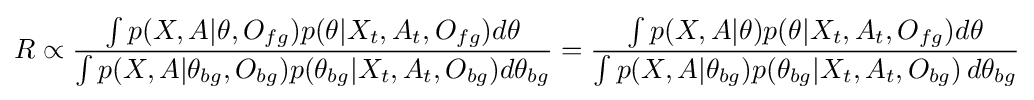
R\propto {\frac {\int {p(X,A|\theta ,O_{fg})p(\theta |X_{t},A_{t},O_{fg})}d\theta }{\int {p(X,A|\theta _{bg},O_{bg})p(\theta _{bg}|X_{t},A_{t},O_{bg})}d\theta _{bg}}}={\frac {\int {p(X,A|\theta )p(\theta |X_{t},A_{t},O_{fg})}d\theta }{\int {p(X,A|\theta _{bg})p(\theta _{bg}|X_{t},A_{t},O_{bg})}\,d\theta _{bg}}}